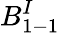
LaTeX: B_{1-1}^{I}